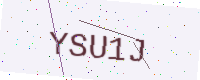
Text: YSU1J